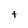
Character: t